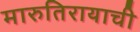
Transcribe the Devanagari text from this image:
मारुतिरायाची